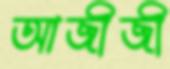
আজীজী